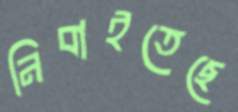
নিবাইতেছে